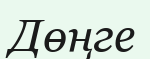
Дөңге